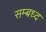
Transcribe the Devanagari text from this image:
सम्बध्द